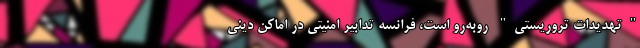
"تهدیدات تروریستی" روبه‌رو است،‌ فرانسه تدابیر امنیتی در اماکن دینی